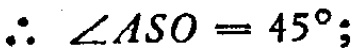
\(\therefore \angle ASO = 45^{\circ};\)